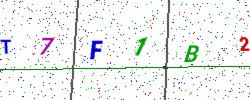
Text: T7F1B2